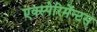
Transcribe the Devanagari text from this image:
एक्स्पेरिमेंन्टस